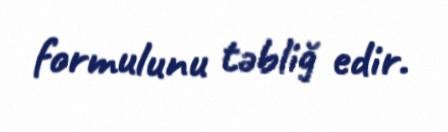
formulunu təbliğ edir.